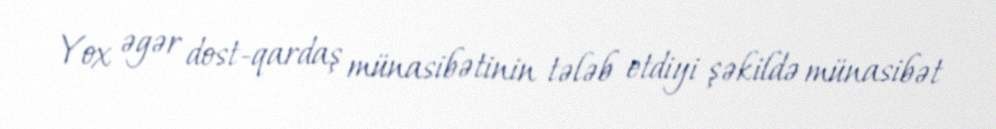
Yox əgər dost-qardaş münasibətinin tələb etdiyi şəkildə münasibət